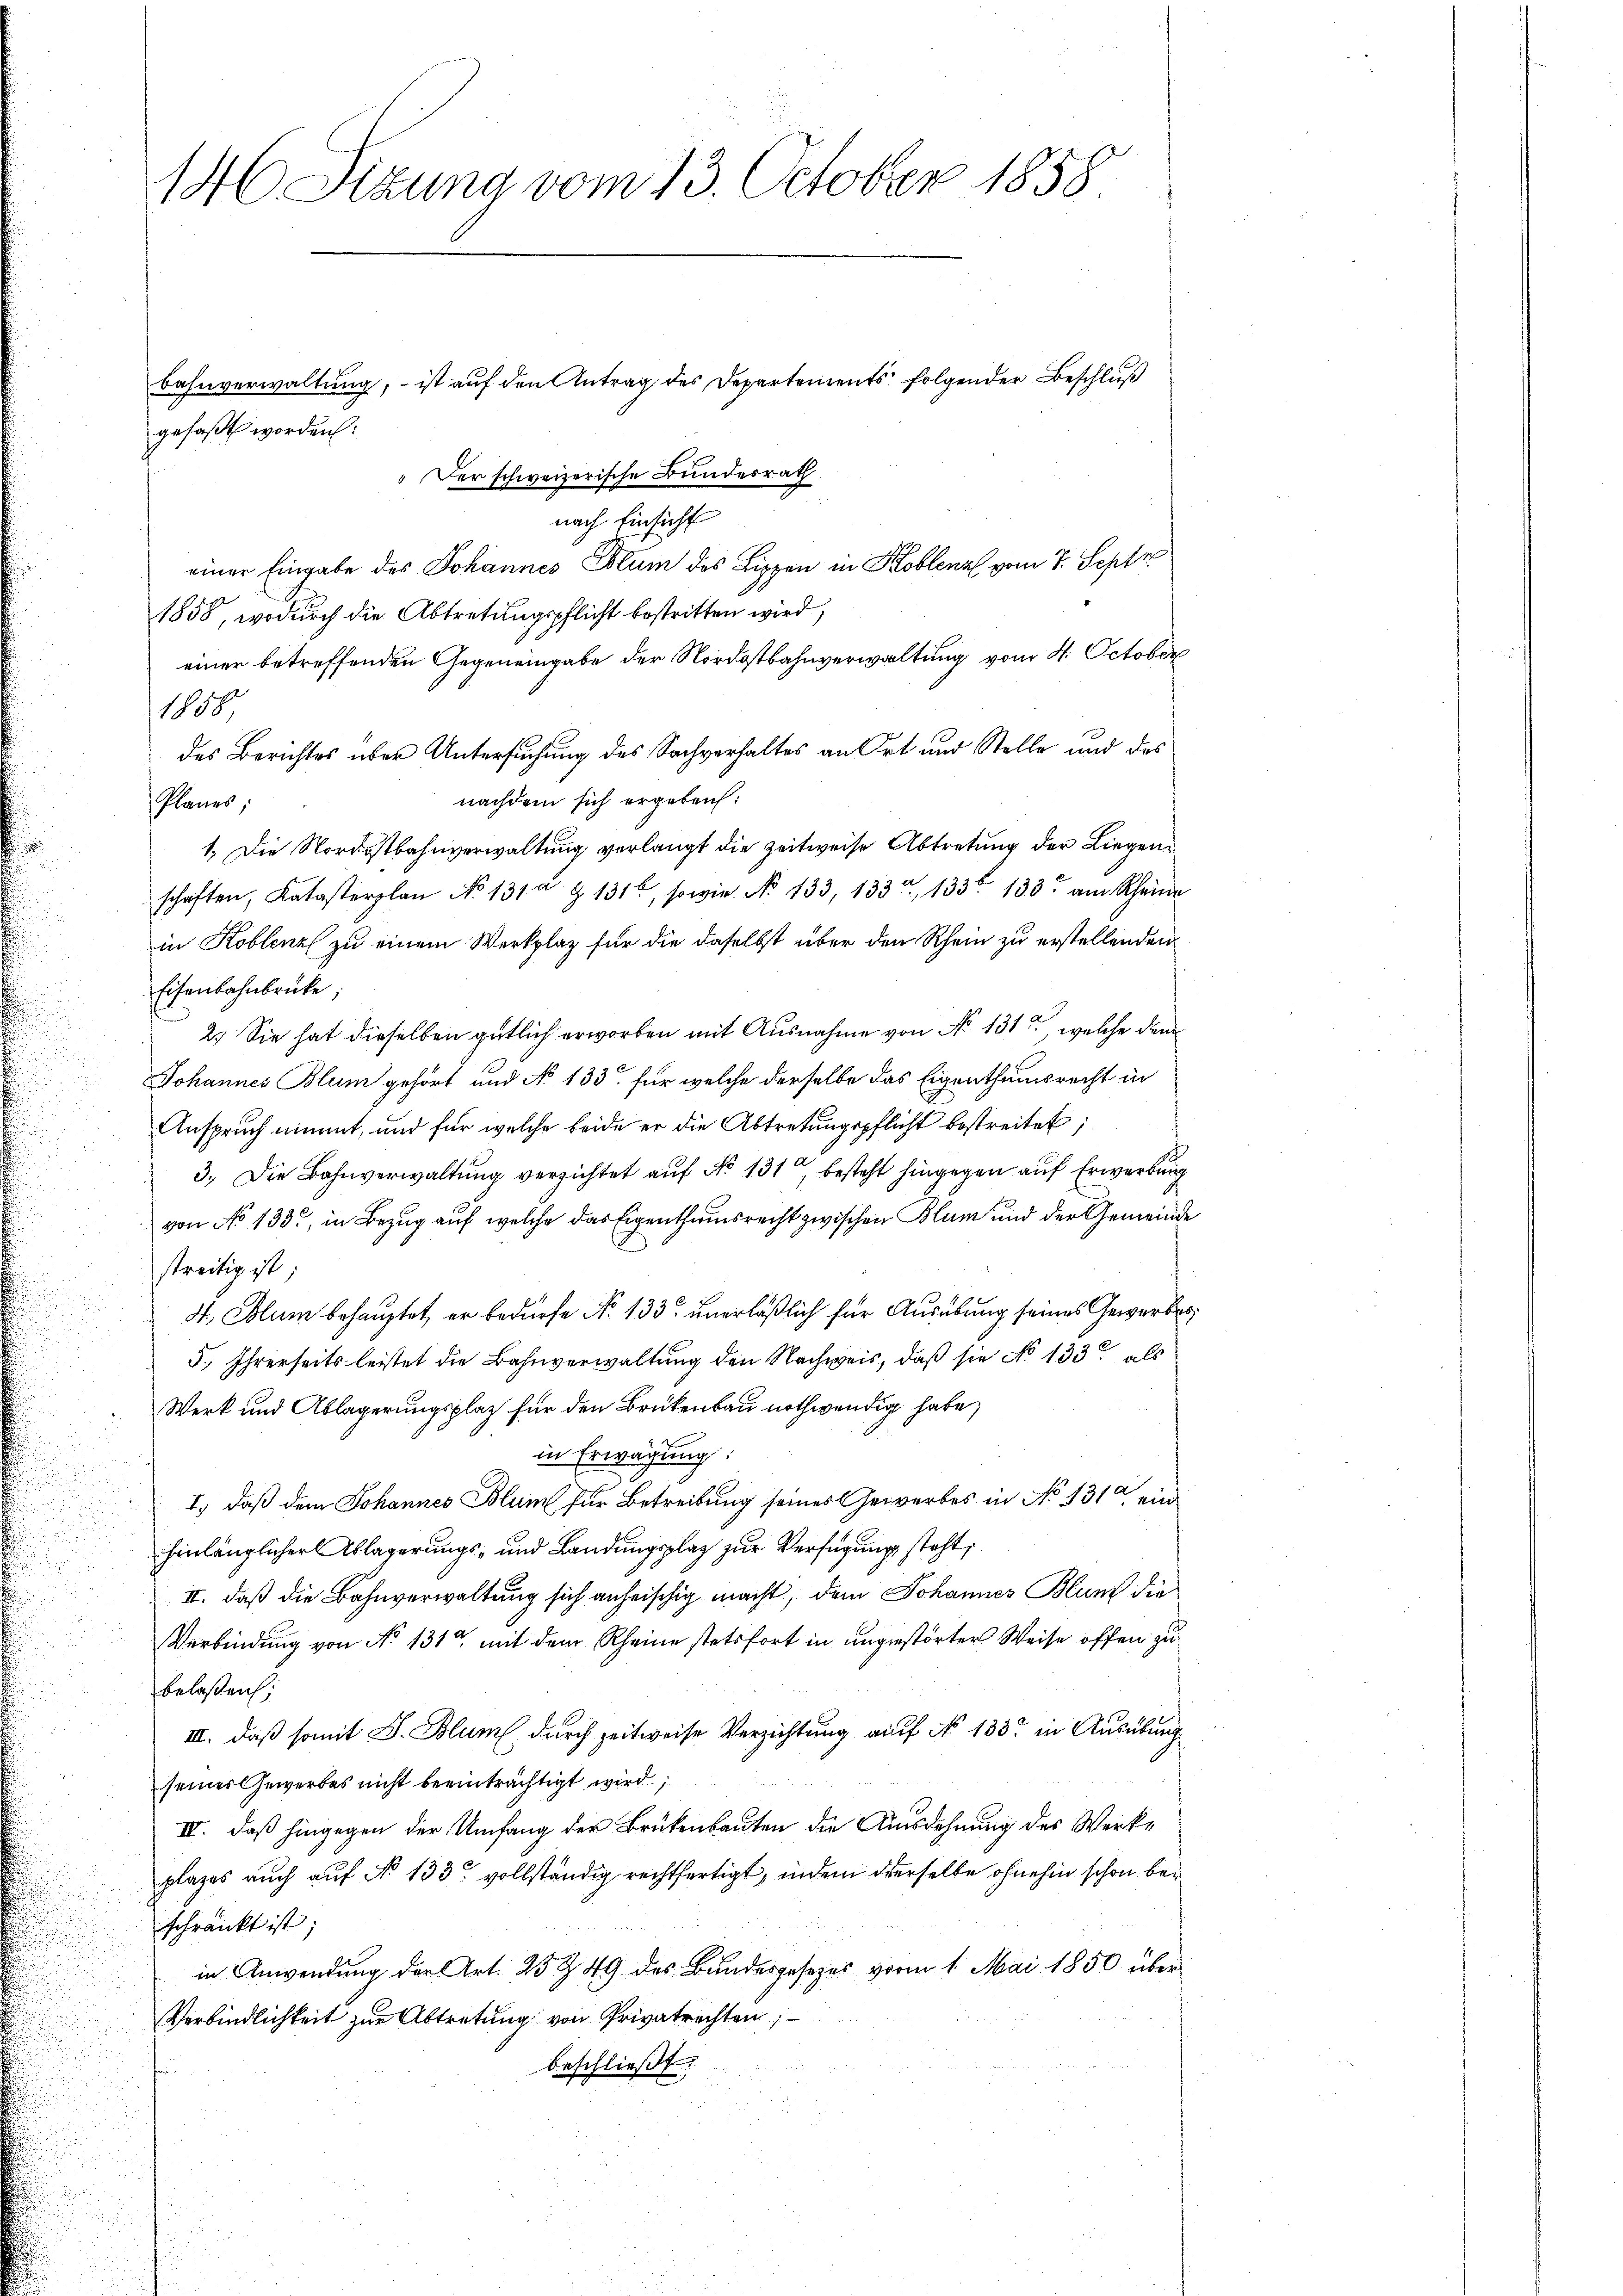
" Der schweizerische Bundesrath
nach Einsicht
einer Eingabe des Johannes Blum des Lippen in Koblenz vom 7. Septe
1858, wodurch die Abtretungspflicht bestritten wird,
einer betreffenden Gegeneingabe der Nordostbahnverwaltung vom 4. October
1888
des Berichtes über Untersuchung des Sachverhaltes an Ort und Stelle und des
nachdem sich ergeben:
Planes;
1. Die Nordostbahnverwaltung verlangt die Zeitweise Abtretung der Liegenschaften, Katasterplan No 131 & 131, sowie No 133, 133, 133. 133. am Rheine
in Koblenz zu einem Werkplatz für die daselbst über den Rhein zu erstellenden
Eisenbahnbrücke,
2. Sie hat dieselben gütlich erworben mit Ausnahme von No 131, welche dem
Johannes Blum gehört und No 133 für welche derselbe das Eigenthumsrecht in
Anspruch nimmt, und für welche beide er die Abtretungspflicht bestreitet,
3.) Die Bahnverwaltung verzichtet auf No 131, besteht hingegen auf Erwerbung
von No 133, in Bezug auf welche das Eigenthumsrecht zwischen Blum und der Gemeinde
streitig ist;
4., Blum behauptet, er bedürfe No. 133 unerläßlich für Ausübung seines Gewerbes
5.) Ihrerseits leistet die Bahnverwaltung den Nachweis, daß sie No 133 als
Werk und Ablagerungsplatz für den Brükenbau nothwendig habe,
in Erwägung:
I.) daß dem Johannes Blum für Betreibung seines Gewerbes in No 131 ein
hinlänglicher Ablagerungs- und Landungsplaz zur Verfügung steht,
II. daß die Bahnverwaltung sich anheischig macht, dem Johannes Blum die
Verbindung von No 131 mit dem Rheine stetsfort in ungestörter Weise offen zu
belaßen;
III. daß somit S. Blum durch zeitweise Verzichtung auf No 133 in Ausübung
seines Gewerbes nicht beeinträchtigt wird
IV. daß hingegen der Umfang der Brükenbauten die Ausdehnung des Werkplazes auch auf No 133 vollständig rechtfertigt, indem derselbe ohnehin schon beschränkt ist.
in Anwendung der Art. 23 Z. 49 des Bundesgesezes vom 1. Mai 1850 über
Verbindlichkeit zur Abtretung von Privatrechten,
beschließt:

146 Sitzung vom 13. October 1858

bahnverwaltung, – ist auf den Antrag des Departements folgender Beschluß
gefaßt worden: